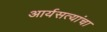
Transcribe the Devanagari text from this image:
आर्यसत्यांचा